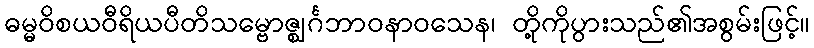
ဓမ္မဝိစယဝီရိယပီတိသမ္ဗောဇ္ဈင်္ဂဘာဝနာဝသေန၊ တို့ကိုပွားသည်၏အစွမ်းဖြင့်။